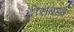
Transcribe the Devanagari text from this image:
दोसबार्थ